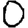
Digit: 0